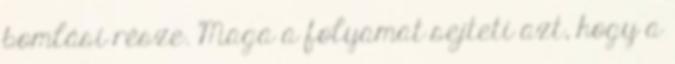
bomlási része. Maga a folyamat sejteti azt, hogy a